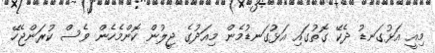
މިއީ އަޅުގަނޑު ދެކޭ ގޮތުގައި އަޅުގަނޑުމެން މިއަދުގެ ޖީލުން ކޮންމެހެން ވެސް ކުރަންޖެހޭ